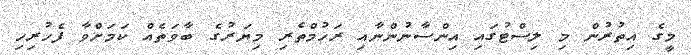
މީގެ އިތުރުން މި ލިސްޓުގައި އިންސާނުންނާއި ރަހުމްތެރި މިޔަރުގެ ބާވަތެއް ކަމަށްވާ ފެހުރިހި